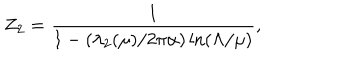
LaTeX: Z _ { 2 } = { \frac { 1 } { 1 - ( \lambda _ { 2 } ( \mu ) / 2 \pi \alpha ) \ln ( \Lambda / \mu ) } } ,